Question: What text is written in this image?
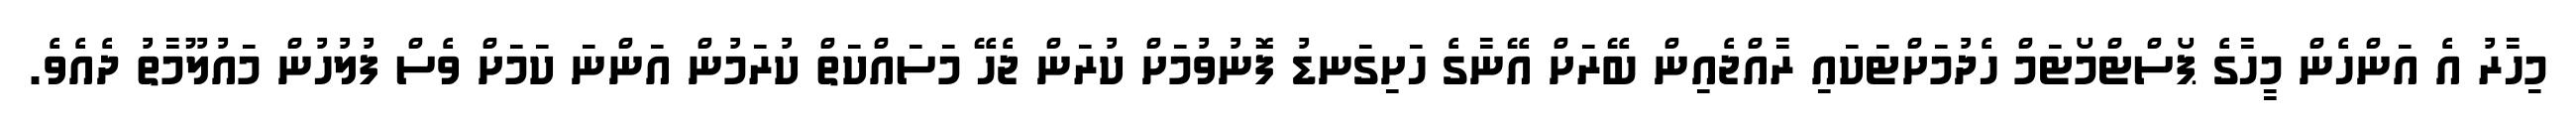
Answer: މިހާރު އެ އަންހެން މީހާގެ ޕޯސްޓްމޯޓަމް ހެދުމަށްޓަކައި ރާއްޖެއިން ބޭރަށް އޭނާގެ ހަށިގަނޑު ފޮނުވުމަށް ކުރަން ޖެހޭ މަސައްކަތް ކުރަމުން އަންނަ ކަމަށް ވެސް ފުލުހުން މައުލޫމާތު ދެއެވެ.